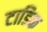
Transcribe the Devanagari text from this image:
टाडिक